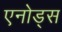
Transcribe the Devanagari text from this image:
एनोड्स